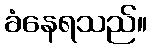
ခံနေရသည်။